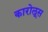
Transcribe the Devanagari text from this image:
कारोलूस